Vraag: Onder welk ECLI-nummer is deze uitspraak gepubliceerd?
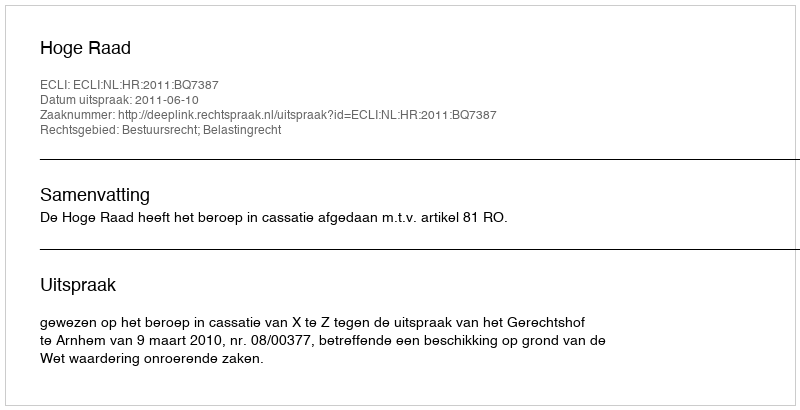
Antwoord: ECLI:NL:HR:2011:BQ7387